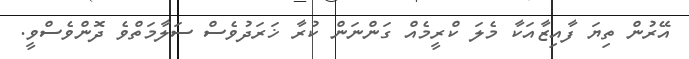
އޭރުން ތިޔަ ފާއިޒާއަކާ މެލަ ކްރީމެއް ގަންނަން ކުރާ ޚަރަދުވެސް ސަލާމަތްވެ ދޮންވެސްވީ.